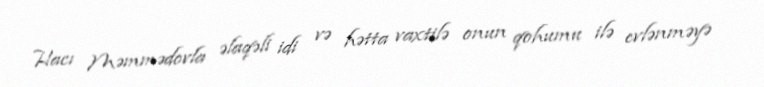
Hacı Məmmədovla əlaqəli idi və hətta vaxtilə onun qohumu ilə evlənməyə